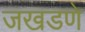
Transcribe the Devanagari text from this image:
जखडणे